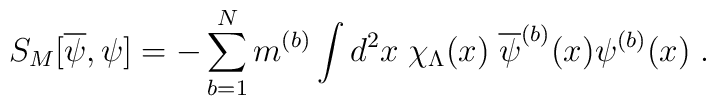
S_M[\overline{\psi}, \psi] = -\sum_{b=1}^N m^{(b)} \int d^2x \; \chi_\Lambda(x) \;\overline{\psi}^{(b)}(x) \psi^{(b)}(x) \; .